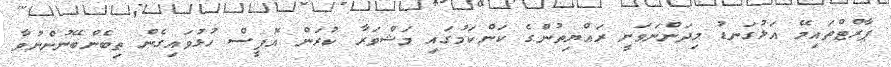
ޕާރްޓްތައިމޭ އަޅުގަނޑު މިދަންނަވަނީ ރައްޔިތުންގެ ކަންކަމުގައި މަޝްވަރާ ކުރަން އޮފީސް ހުޅުވައިގެން ތިބެންބޭނުންނުވާ